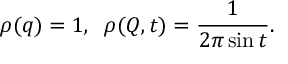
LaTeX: \rho ( q ) = 1 , \; \; \rho ( Q , t ) = { \frac { 1 } { 2 \pi \sin t } } .